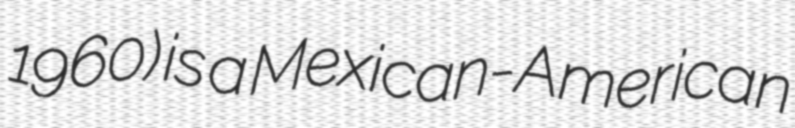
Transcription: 1960) is a Mexican-American